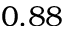
0 . 8 8